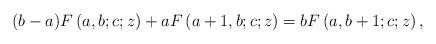
LaTeX: \begin{align*}(b-a)F\left(a,b;c;z\right)+aF\left(a+1,b;c;z\right)=bF\left(a,b+1;c;z\right),\end{align*}